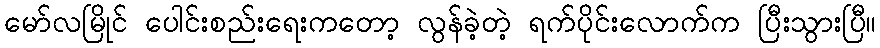
မော်လမြိုင် ပေါင်းစည်းရေးကတော့ လွန်ခဲ့တဲ့ ရက်ပိုင်းလောက်က ပြီးသွားပြီ။